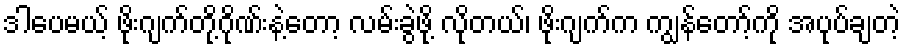
ဒါပေမယ့် ဖိုးဂျက်တို့ဂိုဏ်းနဲ့တော့ လမ်းခွဲဖို့ လိုတယ်၊ ဖိုးဂျက်က ကျွန်တော့်ကို အပုပ်ချတဲ့